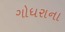
ગોધરાના